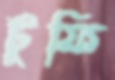
টুফি